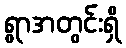
ရွာအတွင်းရှိ